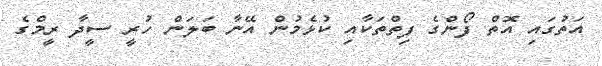
އަތުގައި އޮތް ފޯންގެ ފިތްތަކާއި ކުޅެމުން އޭނާ ބަލަން ހުރީ ސީދާ ރީމްގެ